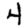
Digit: 4